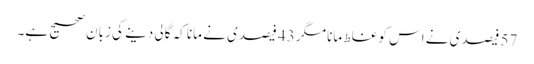
57 فیصدی نے اس کو غلط مانا مگر 43 فیصدی نے مانا کہ گالی دینے کی زبان صحیح ہے۔